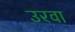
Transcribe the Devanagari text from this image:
उरवा